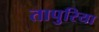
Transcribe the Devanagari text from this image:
तापुरिया